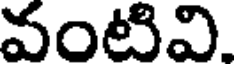
వంటివి.